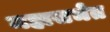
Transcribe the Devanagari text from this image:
महासभेत